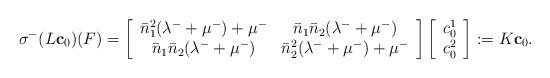
LaTeX: \begin{align*}\sigma^-(L \mathbf{ c}_0)(F)=\left[\begin{array}{cc}\bar{n}_1^2(\lambda^-+\mu^-)+\mu^- & \bar{n}_1\bar{n}_2(\lambda^-+\mu^-) \\\bar{n}_1\bar{n}_2(\lambda^-+\mu^-) & \bar{n}_2^2(\lambda^-+\mu^-)+\mu^-\end{array}\right]\left[\begin{array}{c} c^1_0 \\ c^2_0 \end{array}\right]:=K\mathbf{ c}_0.\end{align*}